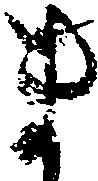
ま